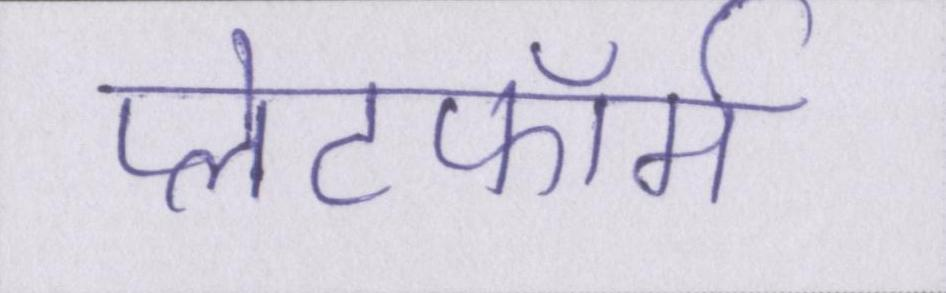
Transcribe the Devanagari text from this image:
प्लेटफॉर्म